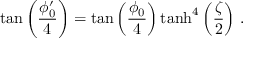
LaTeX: \tan \left( \frac { \phi _ { 0 } ^ { \prime } } { 4 } \right) = \tan \left( \frac { \phi _ { 0 } } { 4 } \right) \operatorname { t a n h } ^ { 4 } \left( \frac { \zeta } { 2 } \right) \, .